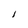
Character: I